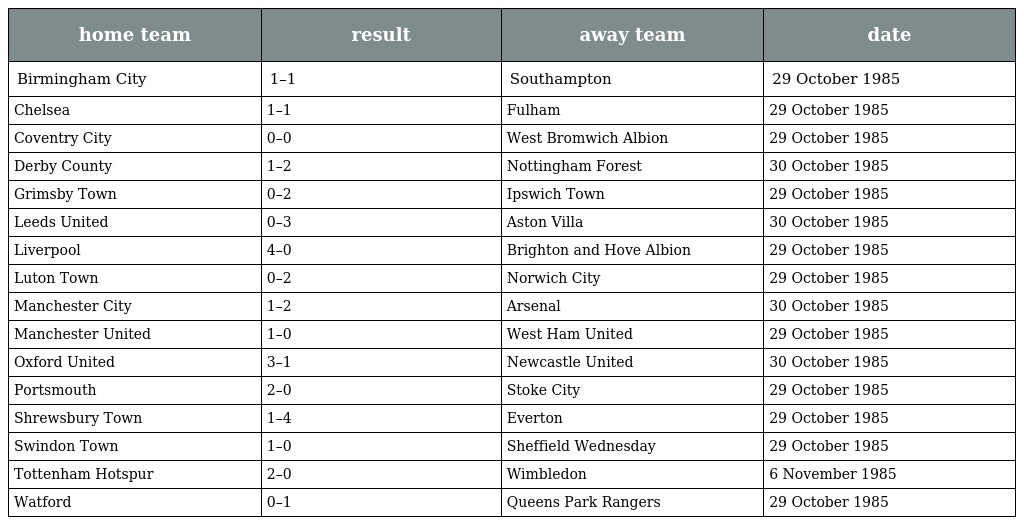
| home team | result | away team | date |
 | --- | --- | --- | --- |
 | Birmingham City | 1–1 | Southampton | 29 October 1985 |
 | Chelsea | 1–1 | Fulham | 29 October 1985 |
 | Coventry City | 0–0 | West Bromwich Albion | 29 October 1985 |
 | Derby County | 1–2 | Nottingham Forest | 30 October 1985 |
 | Grimsby Town | 0–2 | Ipswich Town | 29 October 1985 |
 | Leeds United | 0–3 | Aston Villa | 30 October 1985 |
 | Liverpool | 4–0 | Brighton and Hove Albion | 29 October 1985 |
 | Luton Town | 0–2 | Norwich City | 29 October 1985 |
 | Manchester City | 1–2 | Arsenal | 30 October 1985 |
 | Manchester United | 1–0 | West Ham United | 29 October 1985 |
 | Oxford United | 3–1 | Newcastle United | 30 October 1985 |
 | Portsmouth | 2–0 | Stoke City | 29 October 1985 |
 | Shrewsbury Town | 1–4 | Everton | 29 October 1985 |
 | Swindon Town | 1–0 | Sheffield Wednesday | 29 October 1985 |
 | Tottenham Hotspur | 2–0 | Wimbledon | 6 November 1985 |
 | Watford | 0–1 | Queens Park Rangers | 29 October 1985 |